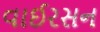
વાઈરસન